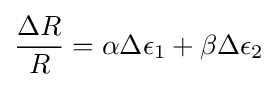
{\frac {\Delta R}{R}}=\alpha \Delta {\epsilon }_{1}+\beta \Delta {\epsilon }_{2}